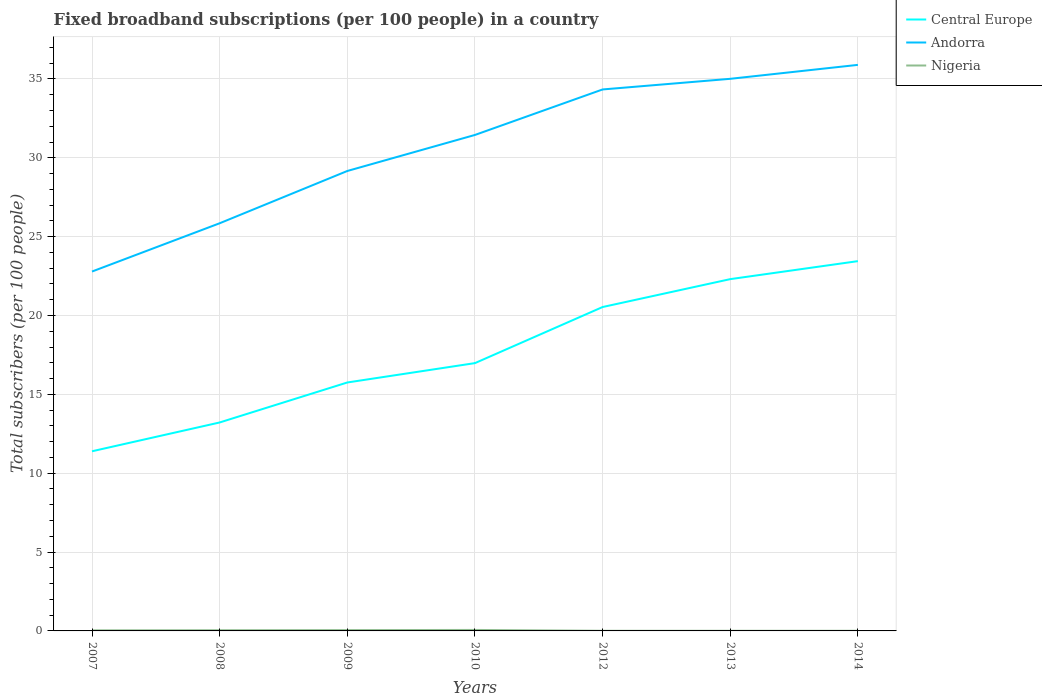
| Years | Central Europe | Andorra | Nigeria |
 | --- | --- | --- | --- |
 | 2007 | 11.4 | 22.8 | 0.0364 |
 | 2008 | 13.2 | 25.9 | 0.0448 |
 | 2009 | 15.8 | 29.2 | 0.0527 |
 | 2010 | 17 | 31.5 | 0.0621 |
 | 2012 | 20.5 | 34.3 | 0.00846 |
 | 2013 | 22.3 | 35 | 0.00867 |
 | 2014 | 23.4 | 35.9 | 0.00882 |